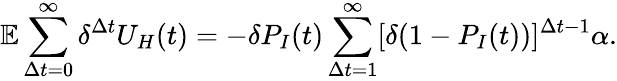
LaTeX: \mathbb{E}\sum_{\Delta t=0}^{\infty}\delta^{\Delta t}U_{H}(t)=-\delta P_{I}(t)\sum_{\Delta t=1}^{\infty}[\delta(1-P_{I}(t))]^{\Delta t-1}\alpha.